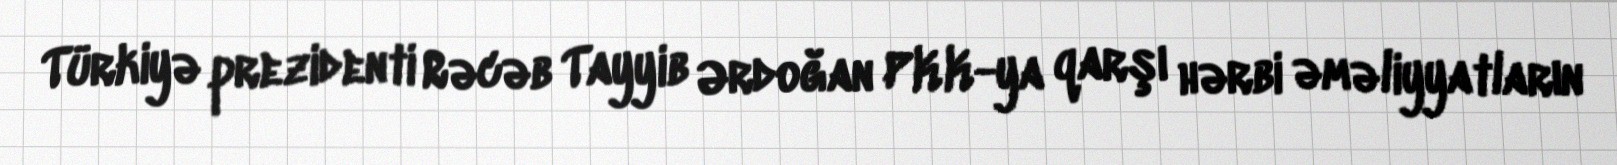
Türkiyə prezidenti Rəcəb Tayyib Ərdoğan PKK-ya qarşı hərbi əməliyyatların